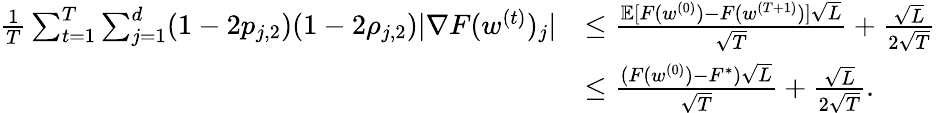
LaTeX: \begin{array}{rl}{\frac{1}{T}\sum_{t=1}^{T}\sum_{j=1}^{d}(1-2p_{j,2})(1-2\rho_{j,2})|\nabla F(w^{(t)})_{j}|}&{\leq\frac{\mathbb{E}[F(w^{(0)})-F(w^{(T+1)})]\sqrt{L}}{\sqrt{T}}+\frac{\sqrt{L}}{2\sqrt{T}}}\\ &{\leq\frac{(F(w^{(0)})-F^{*})\sqrt{L}}{\sqrt{T}}+\frac{\sqrt{L}}{2\sqrt{T}}.}\end{array}